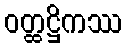
ဝတ္ထဋ္ဌိကဿ